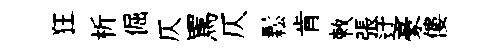
狂析倔仄罵仄鬆肯敕張迂豪僂